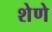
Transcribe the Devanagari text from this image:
शेणे